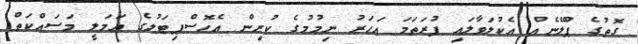
ގޮތުގެ ޕްލޭނެއް އެކުލަވާލައި ފުރަތަމަ އަހަރު ނިމުމުގެ ކުރިން އެހޮސްޕިޓަލުގެ އަމަލީ މަސައްކަތް